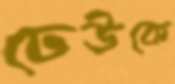
ঢেউকে